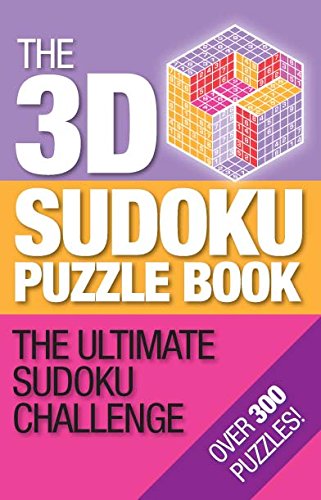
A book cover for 3D Sudoku; Parragon Books; Humor & Entertainment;